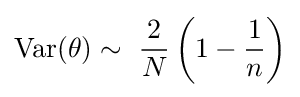
\operatorname {Var} (\theta )\sim \ {\frac {2}{N}}\left(1-{\frac {1}{n}}\right)